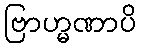
ဗြာဟ္မဏာပိ